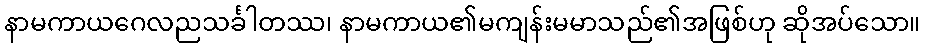
နာမကာယဂေလညသင်္ခါတဿ၊ နာမကာယ၏မကျန်းမမာသည်၏အဖြစ်ဟု ဆိုအပ်သော။